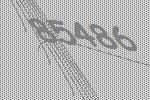
85486